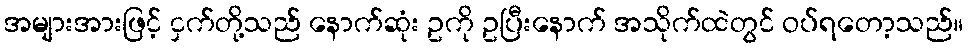
အများအားဖြင့် ငှက်တို့သည် နောက်ဆုံး ဥကို ဥပြီးနောက် အသိုက်ထဲတွင် ဝပ်ရတော့သည်။